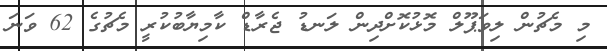
މި މެޗުން ލިވަޕޫލް މޮޅުކޮށްދިން ލަނޑު ޖެރާޑް ކާމިޔާބުކުރީ މެޗުގެ 62 ވަނަ